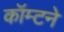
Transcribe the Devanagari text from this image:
कॉम्टने